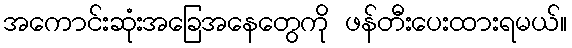
အကောင်းဆုံးအခြေအနေတွေကို ဖန်တီးပေးထားရမယ်။